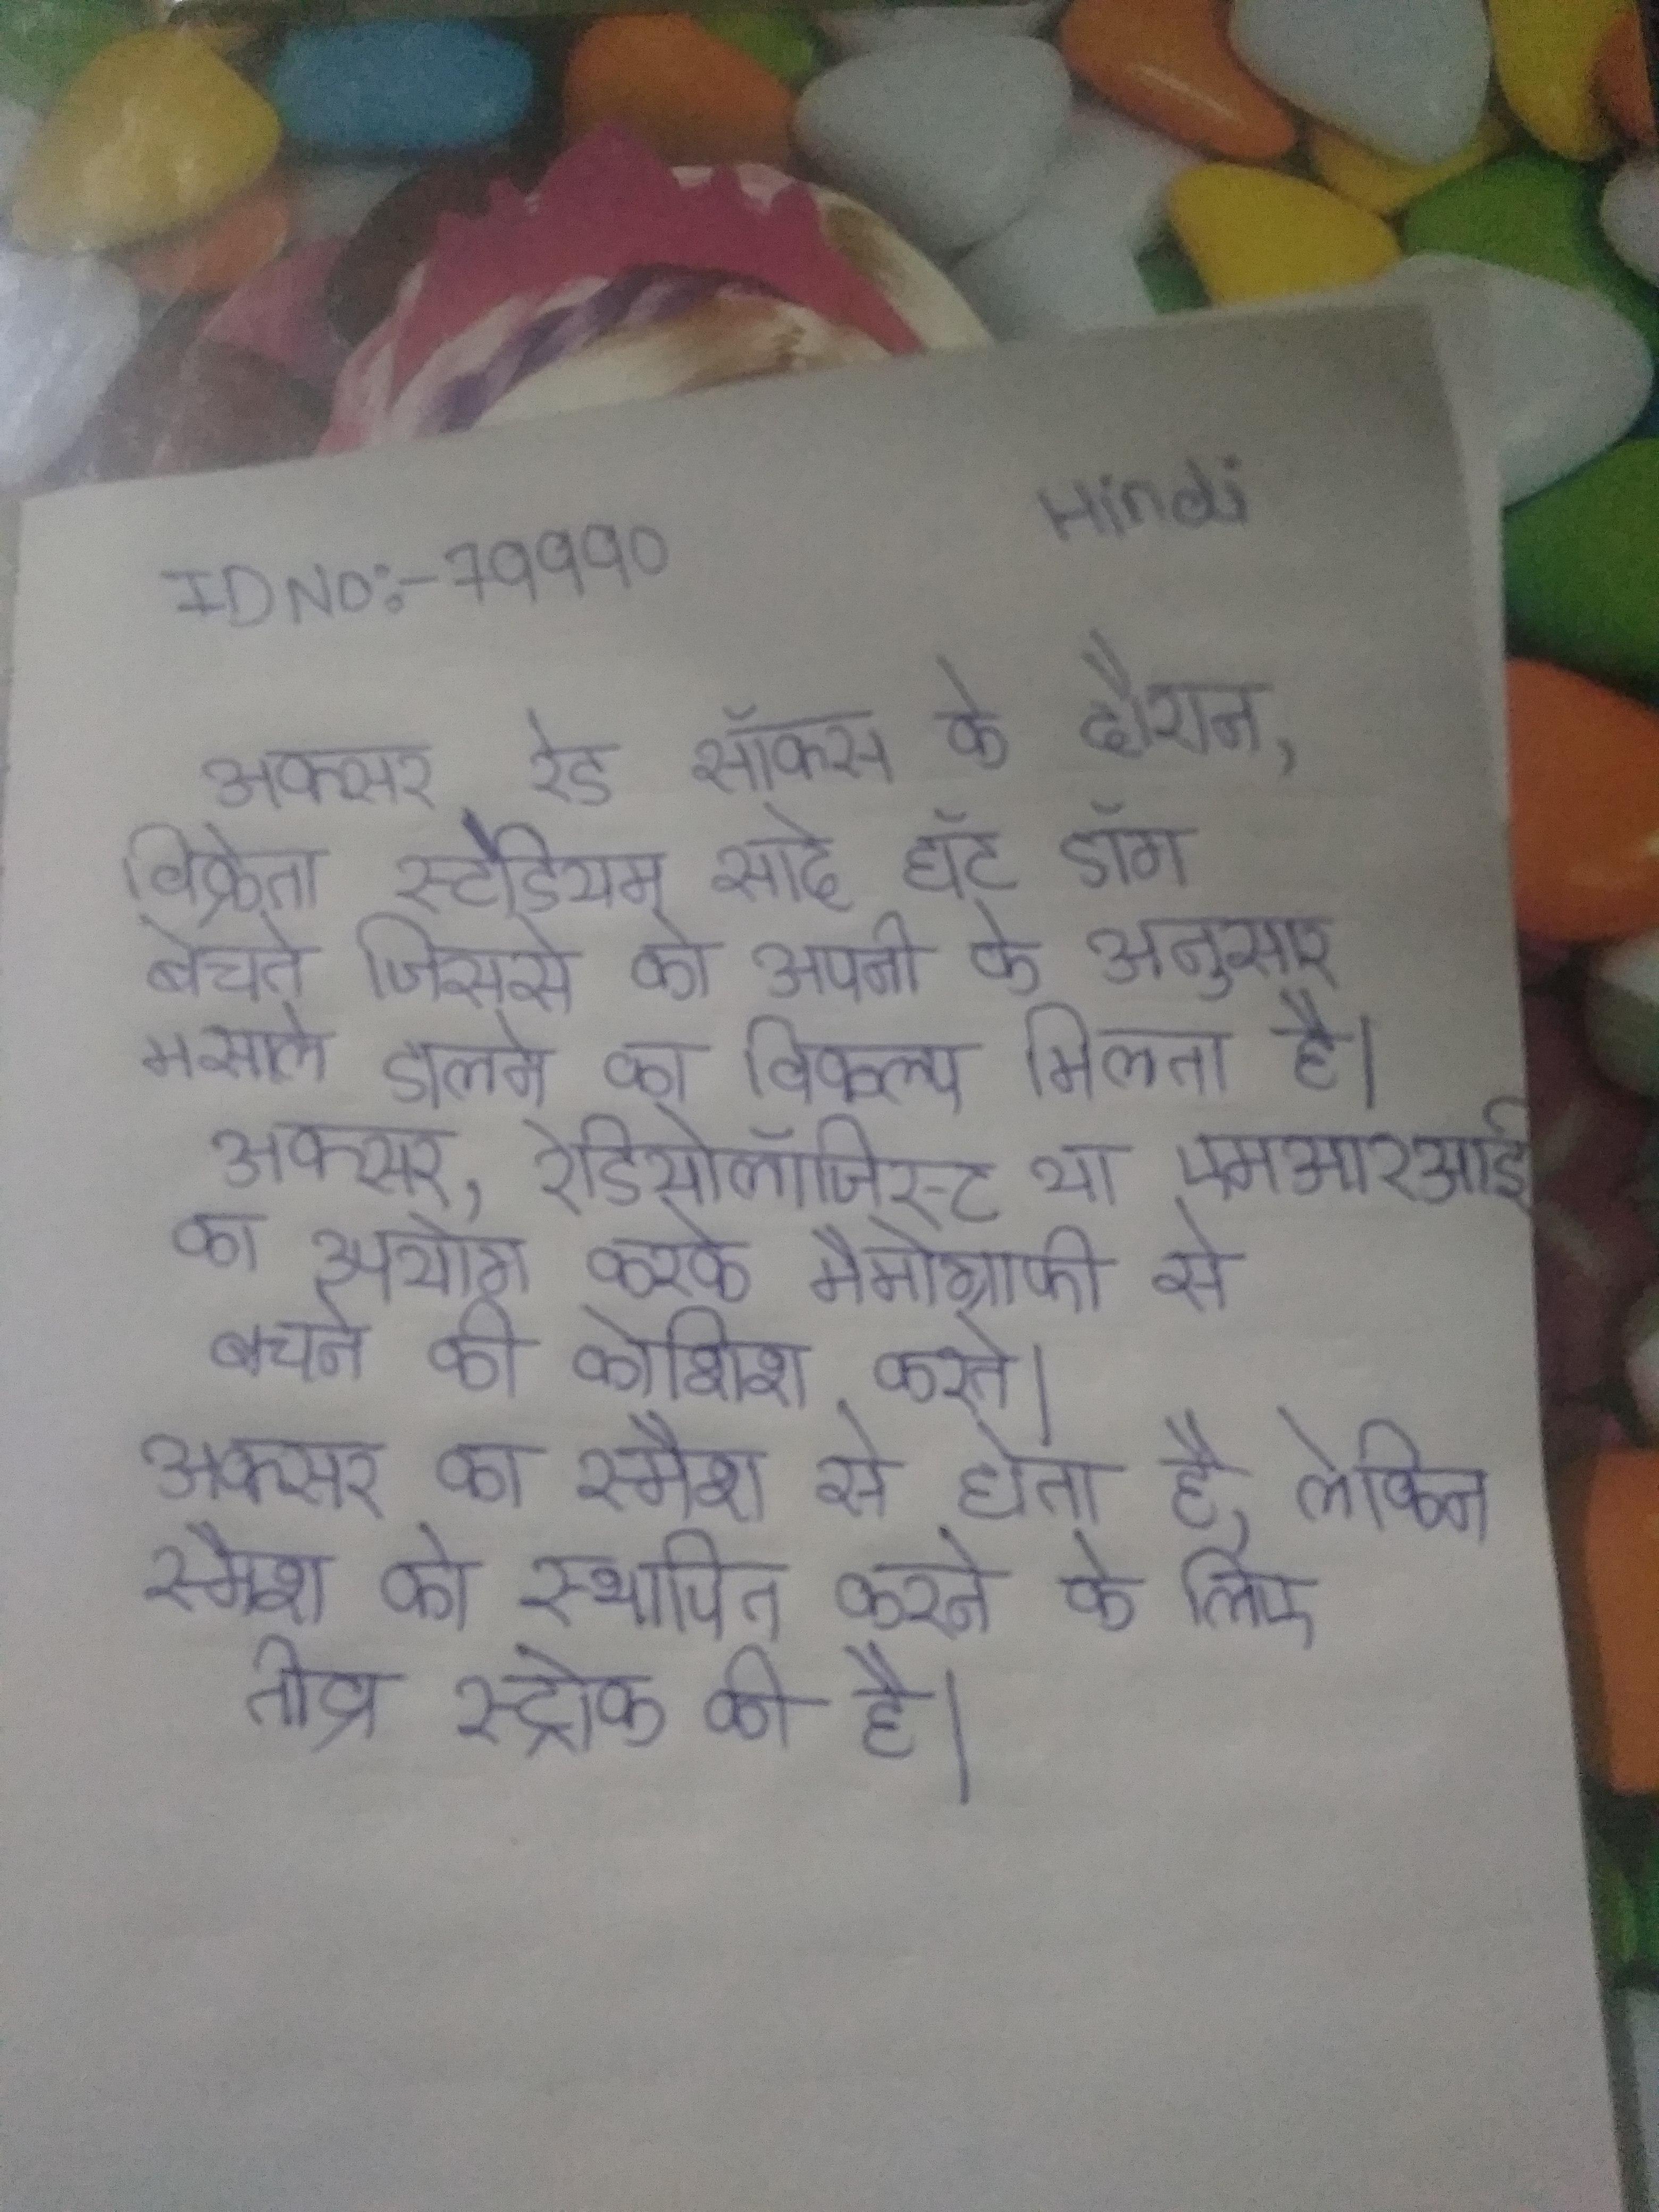
अक्सर रेड सॉक्स के दौरान, विक्रेता स्टेडियम सादे हॉट डॉग बेचते जिससे को अपनी के अनुसार मसाले डालने का विकल्प मिलता है । अक्सर, रेडियोलॉजिस्ट या एमआरआई का उपयोग करके मैमोग्राफी से बचने की कोशिश करते । अक्सर का स्मैश से होता है, लेकिन स्मैश को स्थापित करने के लिए तीव्र स्ट्रोक की है ।